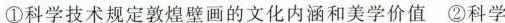
①科学技术规定敦煌壁画的文化内涵和美学价值②科学